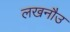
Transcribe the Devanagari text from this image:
लखनौउ